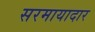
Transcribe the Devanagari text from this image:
सरमायादार